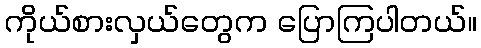
ကိုယ်စားလှယ်တွေက ပြောကြပါတယ်။